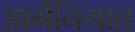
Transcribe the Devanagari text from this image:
आर्मेनियात